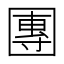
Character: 團